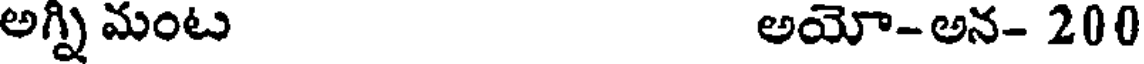
అగ్నిమంట అయో-అన- 200